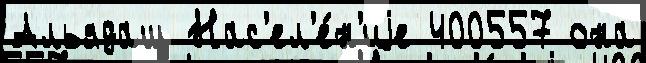
Альядаш Нас'ел'е́н'иjе 400557 она